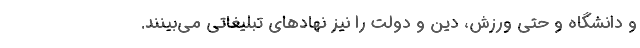
و دانشگاه و حتی ورزش، دین و دولت را نیز نهادهای تبلیغاتی می‌بینند.